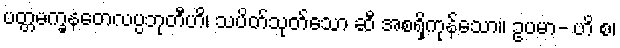
ပတ္တမက္ခနတေလပ္ပဘုတီဟိ၊ သပိတ်သုတ်သော ဆီ အစရှိကုန်သော။ ဥပမာ- ဟိ စ၊